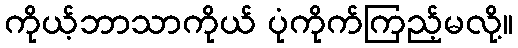
ကိုယ့်ဘာသာကိုယ် ပုံကိုက်ကြည့်မလို့။